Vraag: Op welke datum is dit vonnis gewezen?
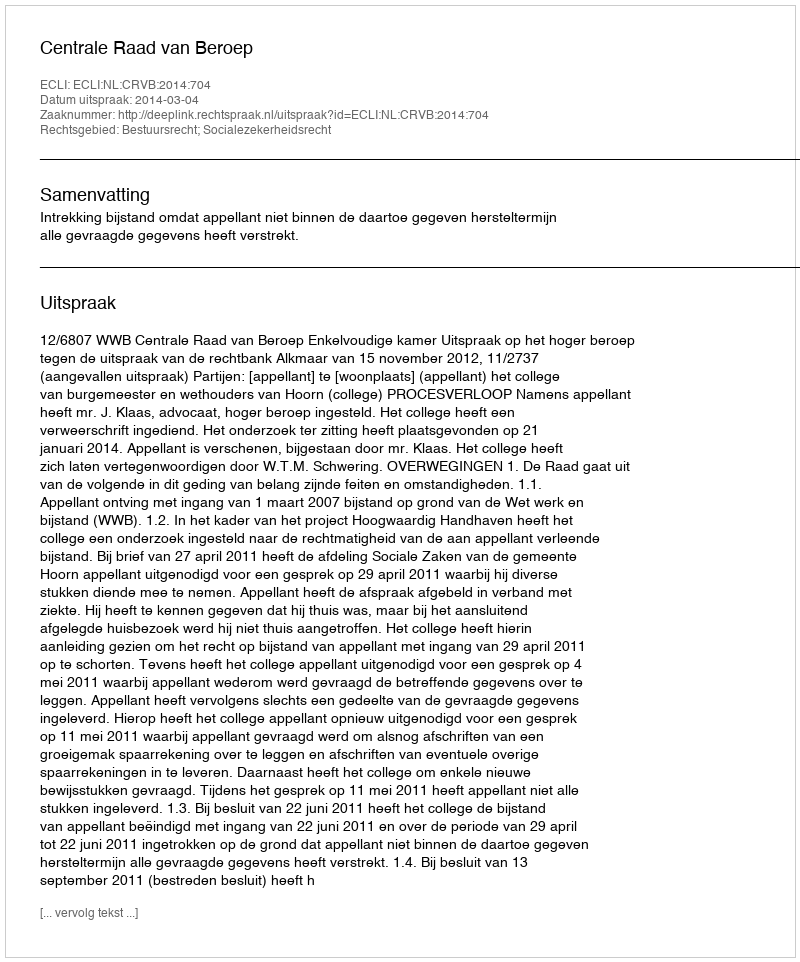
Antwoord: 2014-03-04